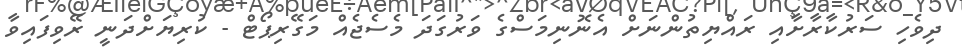
ދިވެހި ސަރުކާރާށާއި ރައްޔިތުންނަށް އެނޮނިމަސްގެ ވަރުގަދަ މެސެޖެއް މަގޭރިޕޯޓް - ކުރިޔަށްދަނީ ރޭވިފައިވާ